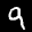
Label: 9